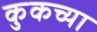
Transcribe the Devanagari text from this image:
कुकच्या